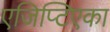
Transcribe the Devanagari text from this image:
एजिप्टिएका